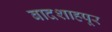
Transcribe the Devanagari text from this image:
बादशाहपूर